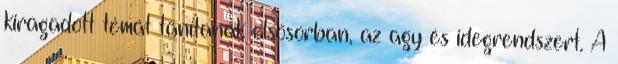
kiragadott témát tanítanak elsősorban, az agy és idegrendszert. A